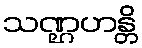
သဏ္ဌဟန္တိ